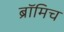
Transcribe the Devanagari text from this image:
ब्रॉमिच